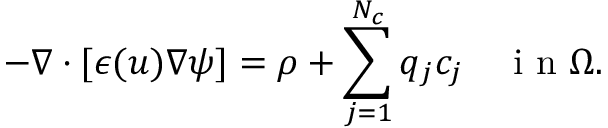
- \nabla \cdot [ \epsilon ( u ) \nabla \psi ] = \rho + \sum _ { j = 1 } ^ { N _ { c } } q _ { j } c _ { j } \quad \mathrm { ~ i ~ n ~ } \Omega .